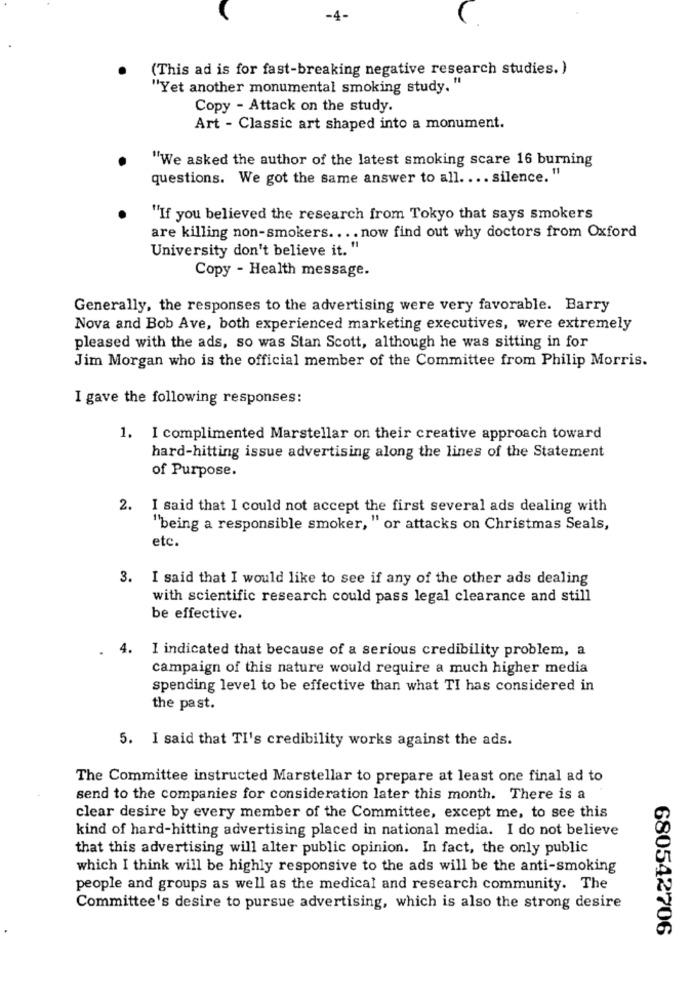
-4-
(This ad is for fast-breaking negative research studies. )
"Yet another monumental smoking study. "
Copy - Attack on the study.
Art - Classic art shaped into a monument.
"We asked the author of the latest smoking scare 16 burning
questions. We got the same answer to all. ... silence. "
"If you believed the research from Tokyo that says smokers
are killing non-smokers .... now find out why doctors from Oxford
University don't believe it. "
Copy - Health message.
Generally, the responses to the advertising were very favorable. Barry
Nova and Bob Ave, both experienced marketing executives, were extremely
pleased with the ads, so was Stan Scott, although he was sitting in for
Jim Morgan who is the official member of the Committee from Philip Morris.
I gave the following responses:
1. I complimented Marstellar on their creative approach toward
hard-hitting issue advertising along the lines of the Statement
of Purpose.
2. I said that I could not accept the first several ads dealing with
"being a responsible smoker, " or attacks on Christmas Seals,
etc.
3. I said that I would like to see if any of the other ads dealing
with scientific research could pass legal clearance and still
be effective.
4.
I indicated that because of a serious credibility problem, a
campaign of this nature would require a much higher media
spending level to be effective than what TI has considered in
the past.
5. I said that TI's credibility works against the ads.
The Committee instructed Marstellar to prepare at least one final ad to
send to the companies for consideration later this month. There is a
clear desire by every member of the Committee, except me, to see this
kind of hard-hitting advertising placed in national media. I do not believe
that this advertising will alter public opinion. In fact, the only public
which I think will be highly responsive to the ads will be the anti-smoking
people and groups as well as the medical and research community. The
Committee's desire to pursue advertising, which is also the strong desire
680542706